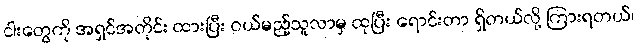
ငါးတွေကို အရှင်အတိုင်း ထားပြီး ဝယ်မည့်သူလာမှ ထုပြီး ရောင်းတာ ရှိတယ်လို့ ကြားရတယ်၊